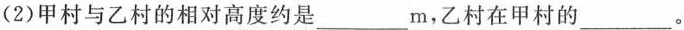
（2）甲村与乙村的相对高度约是___m,乙村在甲村的___。